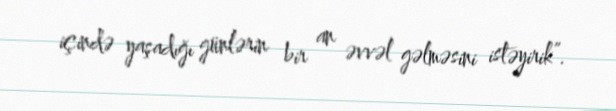
içində yaşadığı günlərin bir an əvvəl gəlməsini istəyirik”.